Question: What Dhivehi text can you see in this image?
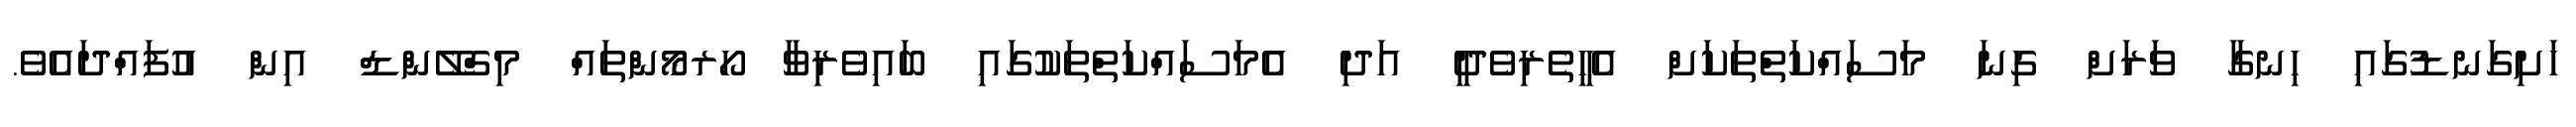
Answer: ހަށިގަނޑުގައި ހިނގާ ވަރަށް ގިނަ މަސައްކަތްތަކަށް އެހީތެރިވެދީ އަދި އެމަސައްކަތްތަކުގައި ބައިވެރިވާ ހޯރމޯންތައް މިގްލޭންޑް އިން އުފައްދައެވެ.